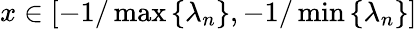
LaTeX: x\in[-1/\operatorname*{max}\left\{ \lambda_{n}\right\} ,-1/\operatorname*{min}\left\{ \lambda_{n}\right\} ]